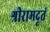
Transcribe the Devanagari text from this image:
श्रीरामदूतं